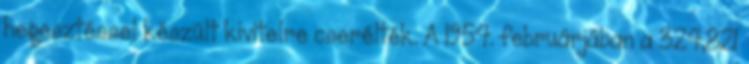
hegesztéssel készült kivitelre cserélték. A 1954. februárjában a 324,821